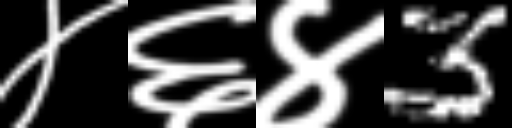
Text: ४६४3